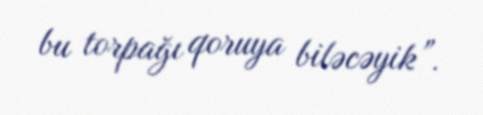
bu torpağı qoruya biləcəyik”.